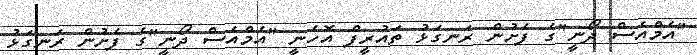
"އެމްއެސް ދޯނީ"ގެ ފެށުން ރަނގަޅު ތައުރީފް އޮހެނީ "އެމްއެސް ދޯނީ"ގެ ފެށުން ރަނގަޅު